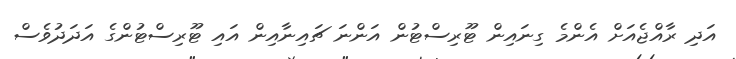
އަދި ރާއްޖެއަށް އެންމެ ގިނައިން ޓޫރިސްޓުން އަންނަ ޗައިނާއިން އައި ޓޫރިސްޓުންގެ އަދަދުވެސް